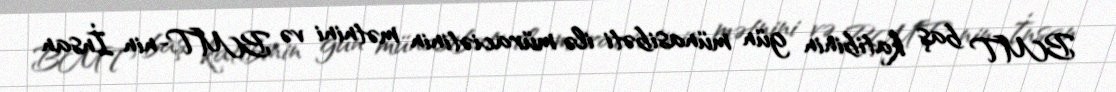
BMT baş katibinin gün münasibəti ilə müraciətinin mətnini və BMT-nin İnsan